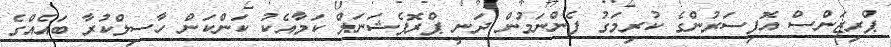
ޕްރިޒަންސް އޮފިސަރުންގެ ކުރިމަގު ފެންނަމުން ދަނީ ޕްރޮފެޝަނަލް ކަމާއެކު ކަންކަން ހާސިލްކުރާ ބައެއްގެ